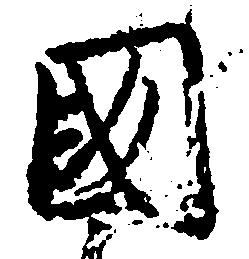
国